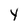
Character: Y